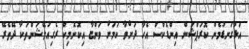
އަޅުގަނޑުމެން ކޮރަޕްޝަން އިންޑެކްސް އެހާ ދަށްވާ ކަމަށް ވަންޏާ އިކޮނޮމިކް ރެގިއުލޭޝަންތަކާ ދޭތެރޭ